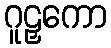
ဂူဠှကော